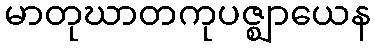
မာတုဃာတကုပဇ္ဈာယေန